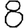
Digit: 8